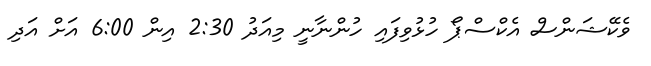
ވެކޭޝަންސް އެކްސްޕޯ ހުޅުވިފައި ހުންނާނީ މިއަދު 2:30 އިން 6:00 އަށް އަދި